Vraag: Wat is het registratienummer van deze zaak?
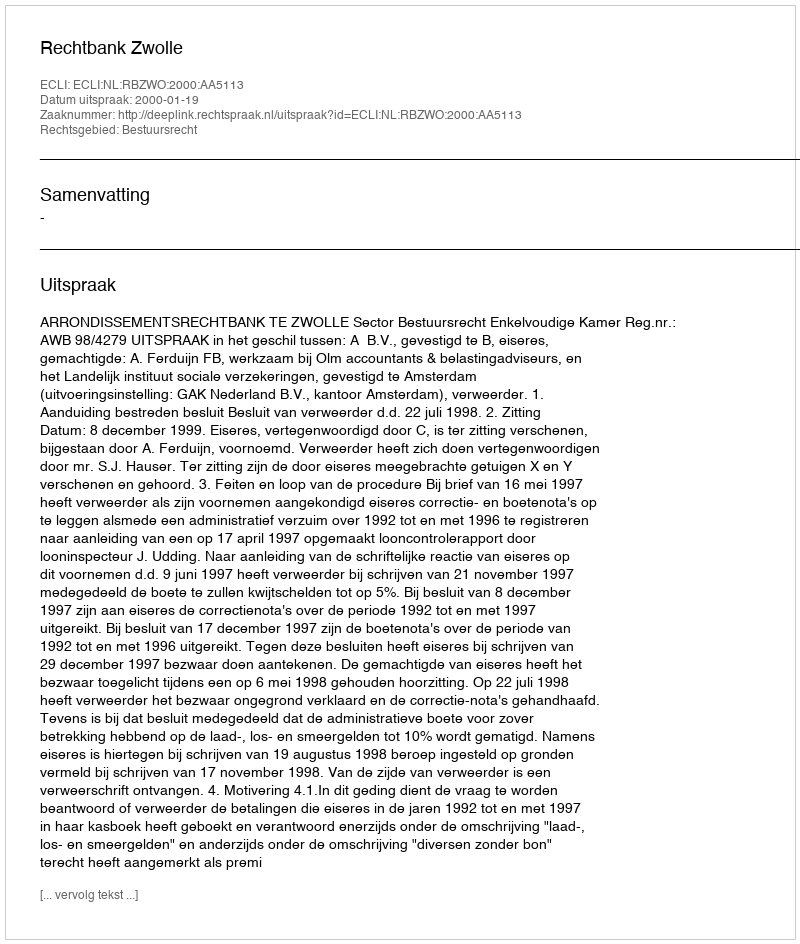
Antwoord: http://deeplink.rechtspraak.nl/uitspraak?id=ECLI:NL:RBZWO:2000:AA5113